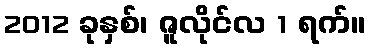
2012 ခုနှစ်၊ ဇူလိုင်လ 1 ရက်။